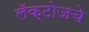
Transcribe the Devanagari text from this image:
लॅक्टोजचे